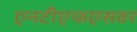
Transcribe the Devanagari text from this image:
एनटीएफएसवर